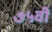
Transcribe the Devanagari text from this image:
७५वी